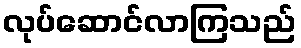
လုပ်ဆောင်လာကြသည်